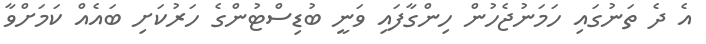
އެ ދެ ތަނުގައި ހަމަނުޖެހުން ހިންގާފައި ވަނީ ބުޑިސްޓުންގެ ހަރުކަށި ބައެއް ކަމަށްވާ